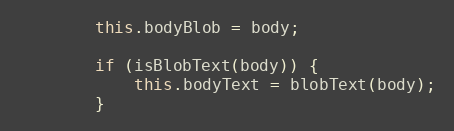
Language: JavaScript
        this.bodyBlob = body;

        if (isBlobText(body)) {
            this.bodyText = blobText(body);
        }